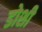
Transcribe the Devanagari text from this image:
डोशी